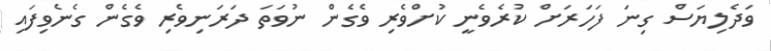
ވަދެލިޔަސް ގިނަ ފަހަރަށް ކުރެވެނީ ކުށްވެރި ވެގެން ނުވަތަ ދަރަނިވެރި ވެގެން ގެނެވިފައި